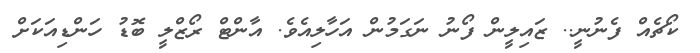
ކޯޗެއް ފެނުނީ.. ޒައިލީން ފޯނު ނަގަމުން އަހާލިއެވެ. އާންޓް ރޯޒްލީ ބޮޑު ހަންޑިއަކަށް